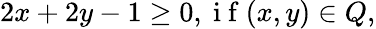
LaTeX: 2x+2y-1\ge 0,\mathrm{~i~f~}(x,y)\in Q,